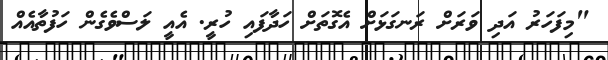
"މިފަހަރު އަދި ވަރަށް ރަނގަޅަށް އެގޮތަށް ހަދާފައި ހުރީ. އެއީ ލަސްވެގެން ހަފުތާއެއް